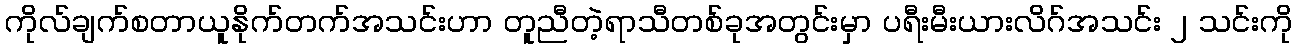
ကိုလ်ချက်စတာယူနိုက်တက်အသင်းဟာ တူညီတဲ့ရာသီတစ်ခုအတွင်းမှာ ပရီးမီးယားလိဂ်အသင်း ၂ သင်းကို